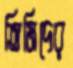
তিমিদের